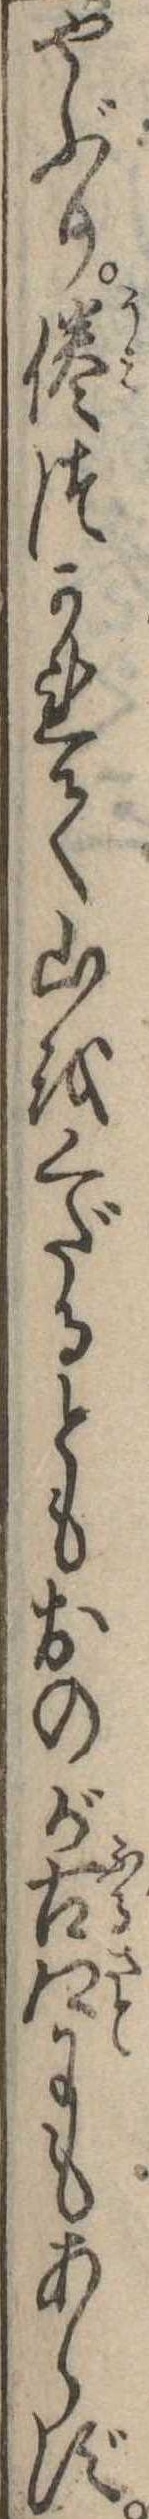
やぶり倦つかれて山をくだるともおのが古郷にもあらず